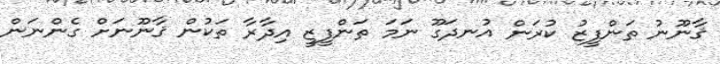
ޤާނޫނު ތަންފީޒު ކުރަން އުނދަގޫ ނަމަ ތަންފީޒީ އިދާރާ ތަކުން ޤާނޫނަށް ގެންނަން